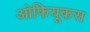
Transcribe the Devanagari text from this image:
ओफियूकस